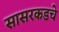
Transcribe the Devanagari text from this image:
सासरकडचे